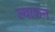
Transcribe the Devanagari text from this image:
ल्याकन